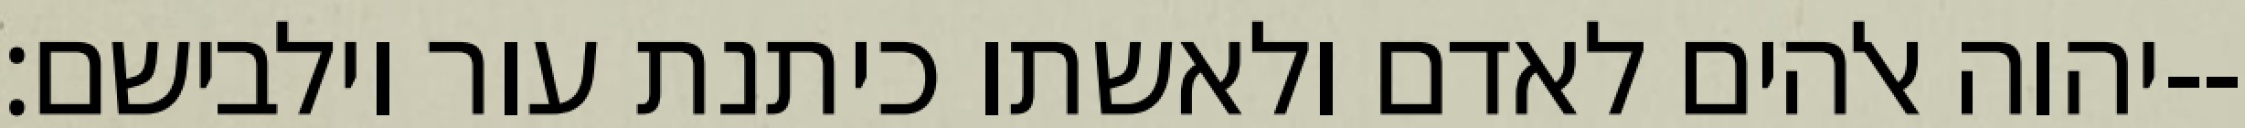
יהוה אלהים לאדם ולאשתו כיתנת עור וילבישם׃--